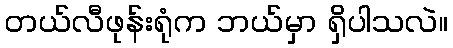
တယ်လီဖုန်းရုံက ဘယ်မှာ ရှိပါသလဲ။